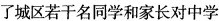
了城区若干名同学和家长对中学